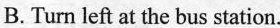
B.Turn left at the bus station.